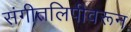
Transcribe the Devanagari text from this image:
संगीतलिपीवरून